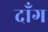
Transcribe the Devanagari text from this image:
दॉंग